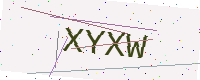
Text: XYXW